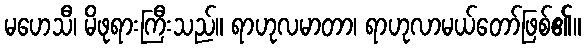
မဟေသီ၊ မိဖုရားကြီးသည်။ ရာဟုလမာတာ၊ ရာဟုလာမယ်တော်ဖြစ်၏။